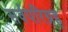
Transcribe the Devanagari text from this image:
सर्वपरिग्रह